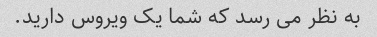
به نظر می رسد که شما یک ویروس دارید.